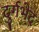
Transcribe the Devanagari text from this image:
दुर्गभेद